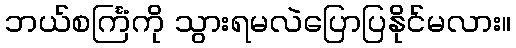
ဘယ်စင်္ကြံကို သွားရမလဲပြောပြနိုင်မလား။